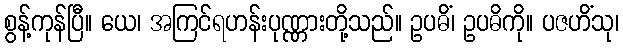
စွန့်ကုန်ပြီ။ ယေ၊ အကြင်ရဟန်းပုဏ္ဏားတို့သည်။ ဥပဓိံ၊ ဥပဓိကို။ ပဇဟိံသု၊